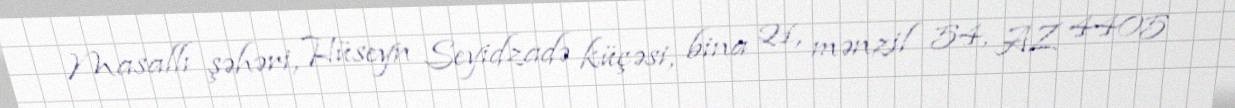
Masallı şəhəri, Hüseyn Seyidzadə küçəsi, bina 21, mənzil 54, AZ 4405